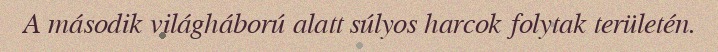
A második világháború alatt súlyos harcok folytak területén.